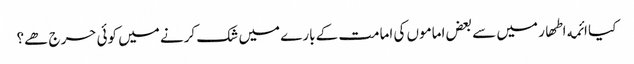
﻿ کیا ائمه اطھار میں سے بعض اماموں کی امامت کے بارے میں شک کرنے میں کوئی حرج ھے؟